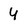
Character: 4